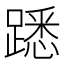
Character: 𨄠